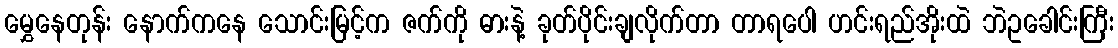
မွှေနေတုန်း နောက်ကနေ သောင်းမြင့်က ဇက်ကို ဓားနဲ့ ခုတ်ပိုင်းချလိုက်တာ တာရပေါ ဟင်းရည်အိုးထဲ ဘဲဥခေါင်းကြီး